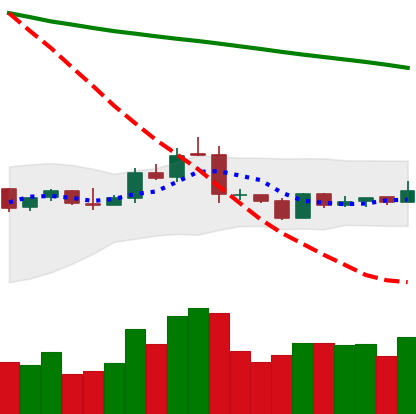
Ticker: NEO-USD
Chart end date: 2019-01-19
Forward return: -4.226%
Label: down_3_5